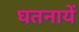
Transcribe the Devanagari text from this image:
घतनायें